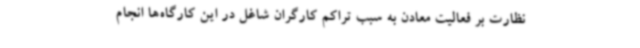
نظارت بر فعالیت معادن به سبب تراکم کارگران شاغل در این کارگاه‌ها انجام